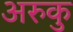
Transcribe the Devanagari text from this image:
अरुकु